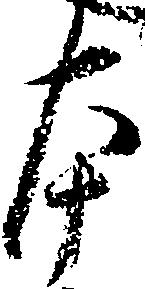
本